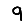
Digit: 9